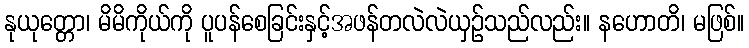
နုယုတ္တော၊ မိမိကိုယ်ကို ပူပန်စေခြင်းနှင့်အဖန်တလဲလဲယှဉ်သည်လည်း။ နဟောတိ၊ မဖြစ်။